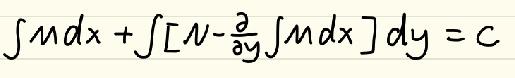
\(\int Mdx+\int\left[N - \frac{\partial}{\partial y}\int Mdx\right]dy = C\)